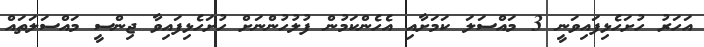
އަހަރު ހުށަހެޅިފައިވަނީ 3 މައްސަލަ ކަަމަށާއި އެހެންކަމުން ފުލުހުންނަށް ހުށަހެޅިފައިވާ ޖިންސީ މައްސަލަތައް